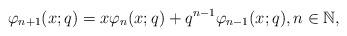
LaTeX: \begin{align*}\varphi_{n+1}(x;q)=x\varphi_{n}(x;q)+q^{n-1}\varphi_{n-1}(x;q), n\in\mathbb{N}, \end{align*}